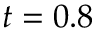
t = 0 . 8